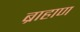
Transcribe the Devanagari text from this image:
ब्राहाण